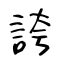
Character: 誇